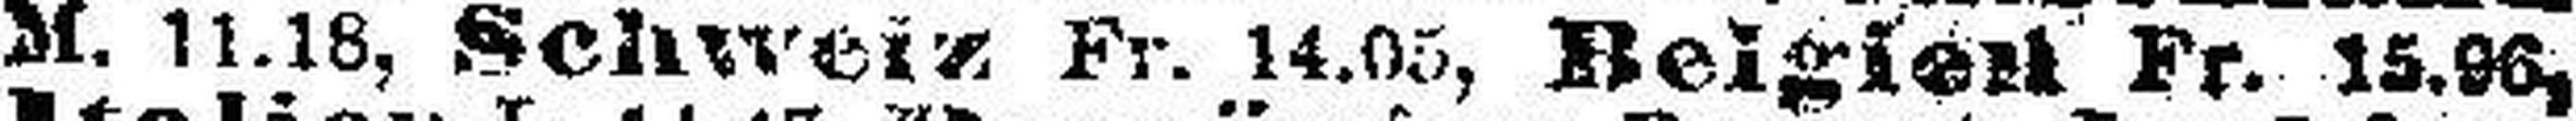
M. 11.18, Schweiz Fr. 14.05, Belgien Fr. 15.96,